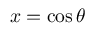
x = \cos \theta